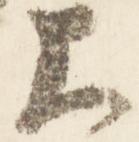
大